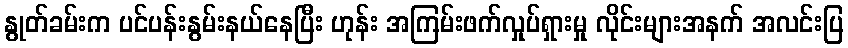
နွုတ်ခမ်းက ပင်ပန်းနွမ်းနယ်နေပြီး ဟုန်း အကြမ်းဖက်လှုပ်ရှားမှု လိုင်းများအနက် အလင်းပြ